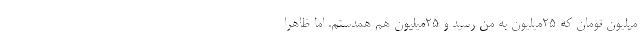
میلیون تومان که 25میلیون به من رسید و 25میلیون هم همدستم. اما ظاهرا